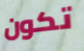
تكون